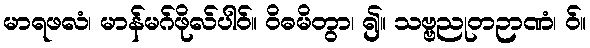
မာရဖလံ၊ မာန်မဂ်ဖိုလ်ပါဝ်။ ဝိဓမိတွာ၊ ၍။ သဗ္ဗညုတဉာဏံ၊ ဝ်။